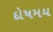
દોષમય